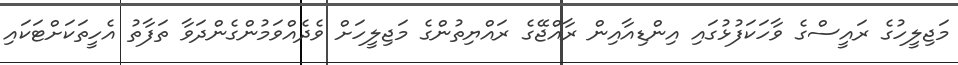
މަޖިލީހުގެ ރައީސްގެ ވާހަކަފުޅުގައި އިންޑިއާއިން ރާއްޖޭގެ ރައްޔިތުންގެ މަޖިލީހަށް ވެދެއްވަމުންގެންދަވާ ތަފާތު އެހީތަކަށްޓަކައި